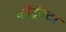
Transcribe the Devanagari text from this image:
कॉँट्रॅक्टर